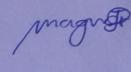
Signature authenticity: genuine